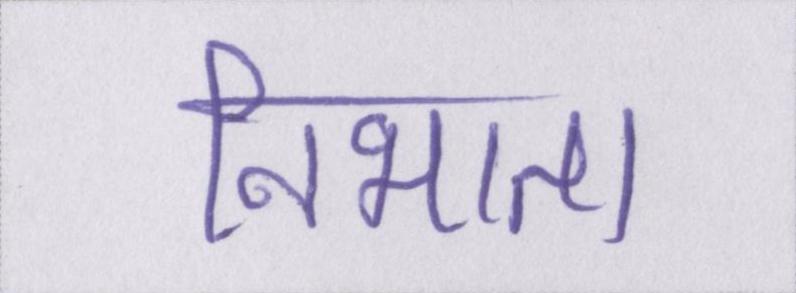
निभाता